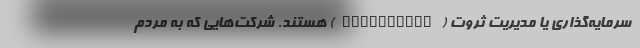
سرمایه‌گذاری یا مدیریت ثروت (wealthtech) هستند. شرکت‌هایی که به مردم